Report on vaccination in Madras 1877-1894 - 1877-1894
Year: 1877
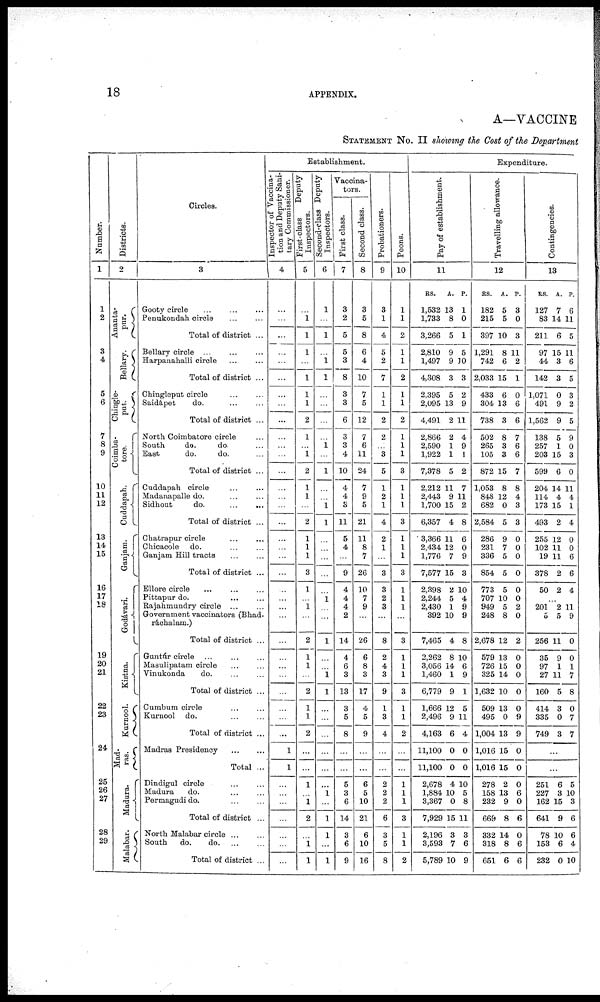
18
APPENDIX.
A—VACCINE
STATEMENT No. II showing the Cost of the Department
Number.
1
1
2
3
4
5
6
7
8
9
10
11
12
13
14
15
16
17
18
19
20
21
22
23
24
25
26
27
28
29
Districts.
2
Ananta¬
pur.
Bellary.
Chingle¬
put.
Coimba¬
tore.
Cuddapah.
Ganjam.
Godávari.
Kistna.
Kurnool.
Mad¬
ras.
Madura.
Malabar.
Circles.
3
Gooty circle ... ... ...
Penukondah circle
...
...
Total of district ...
Bellary circle ... ... ...
Harpanahalli circle
...
...
Total of district ...
Chingleput circle ... ...
Saidápet
do. ... ...
Total of district ...
North Coimbatore circle ...
South
do.
do. ...
East
do.
do. ...
Total of district ...
Cuddapah circle ... ...
Madanapalle do. ... ...
Sidhout
do.
...
...
Total of district ...
Chatrapur circle
...
...
Chicacole do. ... ...
Ganjam Hill tracts
...
...
Total of district ...
Ellore circle ... ... ...
Pittapur do.
...
...
Rajahmundry circle ... ...
Government vaccinators (Bhad¬
ráchalam.)
Total of district ...
Guntúr circle ... ... ...
Masulipatam circle ... ...
Vinukonda
do. ... ...
Total of district ...
Cumbum circle ... ...
Kurnool do. ... ...
Total of district ...
Madras Presidency
...
...
Total ...
Dindigul circle ... ...
Madura
do.
...
...
Permagudi do. ... ...
Total of district ...
North Malabar circle ... ...
South
do.
do. ... ...
Total of district ...
Establishment.
Inspector of Vaccina-
tion and Deputy Sani¬
tary Commissioner.
4
...
...
...
...
...
...
...
...
...
...
...
...
...
...
...
...
...
...
...
...
...
...
...
...
...
...
...
...
...
...
...
...
...
1
1
...
...
...
...
...
...
...
First-class
Deputy
Inspectors.
5
...
1
1
1
...
1
1
1
2
1
...
1
2
1
1
...
2
1
1
1
3
1
...
1
...
2
1
1
...
2
1
1
2
...
...
1
...
1
2
...
1
1
Second-class Deputy
Inspectors.
6
1
...
1
...
1
1
...
...
...
...
1
...
1
...
...
1
1
...
...
...
...
...
1
...
...
1
...
...
1
1
...
...
...
...
...
...
1
...
1
1
...
1
Vaccina-
tors.
First class.
7
3
2
5
5
3
8
3
3
6
3
3
4
10
4
4
3
11
5
4
...
9
4
4
4
2
14
4
6
3
13
3
5
8
...
...
5
3
6
14
3
6
9
Second class.
8
3
5
8
6
4
10
7
5
12
7
6
11
24
7
9
5
21
11
8
7
26
10
7
9
...
26
6
8
3
17
4
5
9
...
...
6
5
10
21
6
10
16
Probationers.
9
3
1
4
5
2
7
1
1
2
2
...
3
5
1
2
1
4
2
1
...
3
3
2
3
...
8
2
4
3
9
1
3
4
...
...
2
2
2
6
3
5
8
Peons.
10
1
1
2
1
1
2
1
1
2
1
1
1
3
1
1
1
3
1
1
1
3
1
1
1
...
3
1
1
1
3
1
1
2
...
...
1
1
1
3
1
1
2
Expenditure.
Pay of establishment.
11
RS.
1,532
1,733
3,266
2,810
1,497
4,308
2,395
2,095
4,491
2,866
2,590
1,922
7,378
2,212
2,443
1,700
6,357
3,366
2,434
1,776
7,577
2,398
2,244
2,430
392
7,465
2,262
3,056
1,460
6,779
1,666
2,496
4,163
11,100
11,100
2,678
1,884
3,367
7,929
2,196
3,593
5,789
A.
13
8
5
9
9
3
5
13
2
2
1
1
5
11
9
15
4
11
12
7
15
2
5
1
10
4
8
14
1
9
12
9
6
0
0
4
10
0
15
3
7
10
P.
1
0
1
5
10
3
2
9
11
4
9
1
2
7
11
2
8
6
0
9
3
10
4
9
9
8
10
6
9
1
5
11
4
0
0
10
5
8
11
3
6
9
Travelling allowance.
12
RS.
182
215
397
1,291
742
2,033
433
304
738
502
265
105
872
1,053
848
682
2,584
286
231
336
854
773
707
949
248
2,678
579
726
325
1,632
509
495
1,004
1,016
1,016
278
158
232
669
332
318
651
A.
5
5
10
8
6
15
6
13
3
8
3
3
15
8
12
0
5
9
7
5
5
5
10
5
8
12
13
15
14
10
13
0
13
15
15
2
13
9
8
14
8
6
P.
3
0
3
11
2
1
0
6
6
7
6
6
7
8
4
3
3
0
0
0
0
0
0
2
0
2
0
0
0
0
0
9
9
0
0
0
6
0
6
0
6
6
Contingencies.
13
RS.
127
83
211
97
44
142
1,071
491
1,562
138
257
203
599
204
114
173
493
255
102
19
378
50
A.
7
14
6
15
3
3
0
9
9
5
1
15
6
14
4
15
2
12
11
11
2
2
P.
6
11
5
11
6
5
3
2
5
9
0
3
0
11
4
1
4
0
0
6
6
4
...
201
5
256
35
97
27
160
414
335
749
2
5
11
9
1
11
5
3
0
3
11
9
0
0
1
7
8
0
7
7
...
...
251
227
162
641
78
153
232
6
3
15
9
10
6
0
5
10
3
6
6
4
10